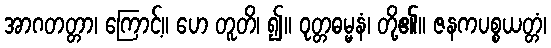
အာဂတတ္တာ၊ ကြောင့်။ ဟေ တူတိ၊ ၍။ ဝုတ္တဓမ္မနံ၊ တို့၏။ ဇနကပစ္စယတ္တံ၊